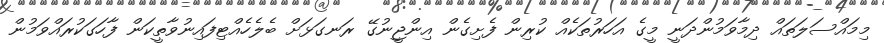
މިމައްސަލަތައް ދިމާވަމުންދަނީ މީގެ އަހަރުތަކެއް ކުރިން ފެށިގެން އިންޖީނުގޭ ރަނގަޅަށް ބެލެހެއްޓިފައިނުވާތީކަން ފާހަގަކުރައްވަމުން